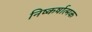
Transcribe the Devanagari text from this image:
निष्कर्षात्मक